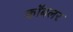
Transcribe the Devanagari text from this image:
कॉबलर